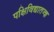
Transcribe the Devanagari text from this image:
पक्षिविद्यातज्ज्ञ